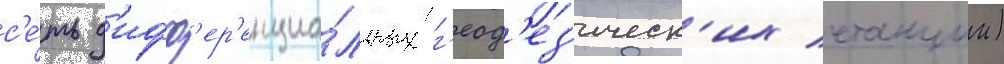
с'е́ть д'ифф'ер'енциа́льных г'еод'ез'ическ'их станции)